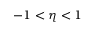
- 1 < \eta < 1